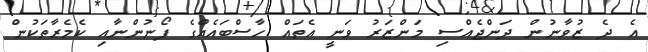
އެ ދެ ޒުވާނުން ދަންޖެއްސި މަންޒަރު ވަނީ އެތައް ހާސްބައެއްގެ ފޯނުންނާއި ކެމެރާތަކުން